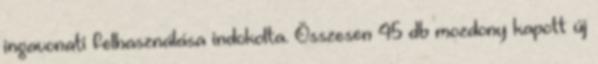
ingavonati felhasználása indokolta. Összesen 45 db mozdony kapott új